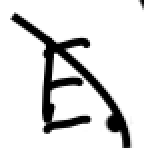
Text: E.
Cross-out: diagonal
Writing tool: digital_black